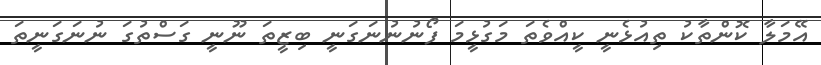
އޭމަލާ ކޮންތާކު ތިއުޅެނީ ކީއްވެތަ މަގުޅީމަ ފޯނުނުނަގަނީ ބިޒީތަ ނޫނީ ގަސްތުގަ ނުނަގަނީތަ